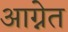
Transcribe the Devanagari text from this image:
आग्नेत